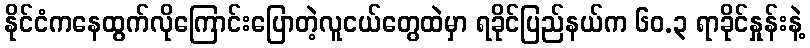
နိုင်ငံကနေထွက်လိုကြောင်းပြောတဲ့လူငယ်တွေထဲမှာ ရခိုင်ပြည်နယ်က ၆၀.၃ ရာခိုင်နှုန်းနဲ့